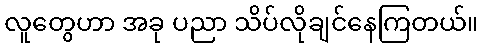
လူတွေဟာ အခု ပညာ သိပ်လိုချင်နေကြတယ်။